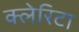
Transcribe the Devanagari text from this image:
क्लेरिटा